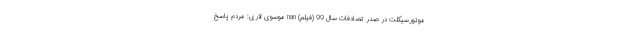
موتورسیکلت در صدر تصادفات سال 99 (فیلم) nan موسوی لاری: مردم پاسخ